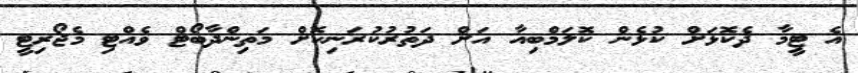
އެ ޓީމާ ދެކޮޅަށް ކުޅެން ކޮލަމްބިއާ އަށް ދަތުރުކުރަނިކޮށް މަތިންދާބޯޓް ވެއްޓި މެޖޯރިޓީ